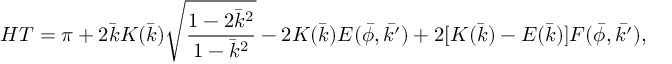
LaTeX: H T = \pi + 2 \bar { k } K ( \bar { k } ) \sqrt { \frac { 1 - 2 \bar { k } ^ { 2 } } { 1 - \bar { k } ^ { 2 } } } - 2 K ( \bar { k } ) E ( \bar { \phi } , \bar { k ^ { \prime } } ) + 2 [ K ( \bar { k } ) - E ( \bar { k } ) ] F ( \bar { \phi } , \bar { k ^ { \prime } } ) ,